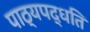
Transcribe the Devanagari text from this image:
पाठ्यपद्धति